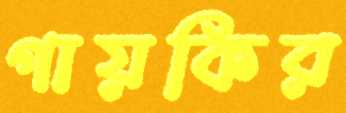
গায়কির